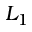
L _ { 1 }